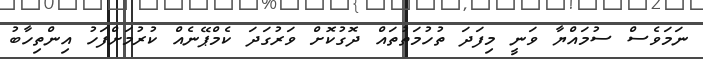
ނަމަވެސް ސުމައްޔާ ވަނީ މިފަދަ ތުހުމަތުތައް ދޮގުކޮށް ވަރުގަދަ ކެމްޕޭނެއް ކުރުމަށްފަހު އިންތިހާބު